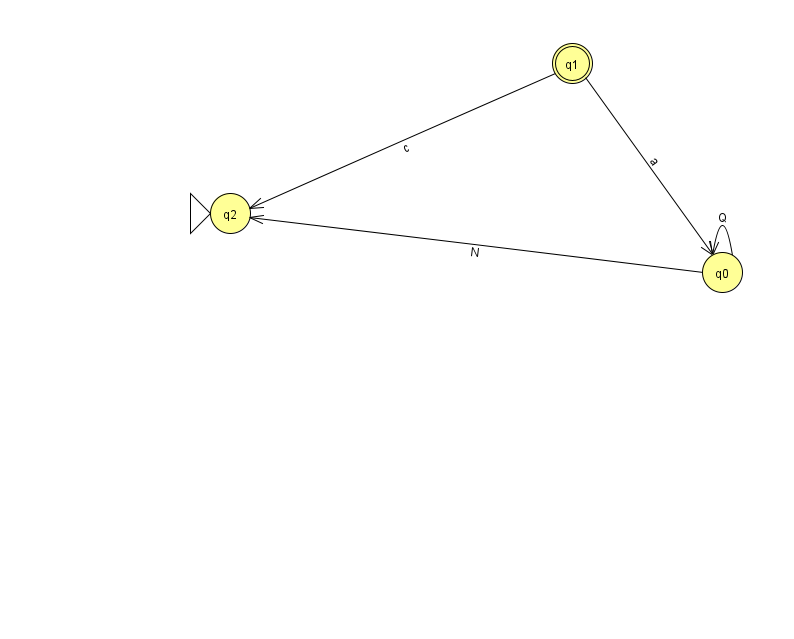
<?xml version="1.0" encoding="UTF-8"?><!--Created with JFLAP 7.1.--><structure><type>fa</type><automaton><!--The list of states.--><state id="0" name="q0"><x>722.0</x><y>259.0</y></state><state id="1" name="q1"><x>572.0</x><y>50.0</y><final/></state><state id="2" name="q2"><x>230.0</x><y>200.0</y><initial/></state><!--The list of transitions.--><transition><from>0</from><to>0</to><read>Q</read></transition><transition><from>1</from><to>2</to><read>c</read></transition><transition><from>0</from><to>2</to><read>N</read></transition><transition><from>1</from><to>0</to><read>a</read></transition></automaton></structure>